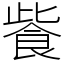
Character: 飺